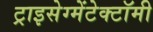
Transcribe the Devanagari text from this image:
ट्राइसेग्मेंटेक्टॉमी